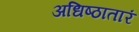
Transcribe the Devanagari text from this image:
अधिष्ठातारं